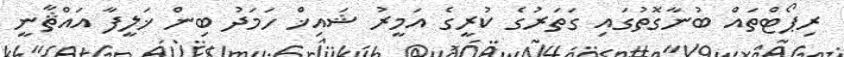
ރިޕޯޓްތައް ބުނާގޮތުގައި ގަތަރުގެ ކުރީގެ އަމީރު ޝައިޚް ހަމަދު ބިން ޚަލީފާ އައްޘާނީ